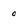
Character: o